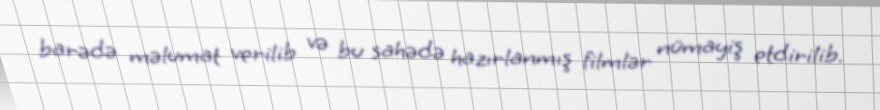
barədə məlumat verilib və bu sahədə hazırlanmış filmlər nümayiş etdirilib.